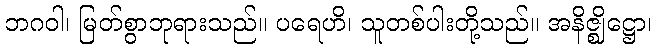
ဘဂဝါ၊ မြတ်စွာဘုရားသည်။ ပရေဟိ၊ သူတစ်ပါးတို့သည်။ အနိဇ္ဈိဋ္ဌော၊